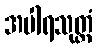
အပါရသုတ္တံ